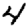
Digit: 4